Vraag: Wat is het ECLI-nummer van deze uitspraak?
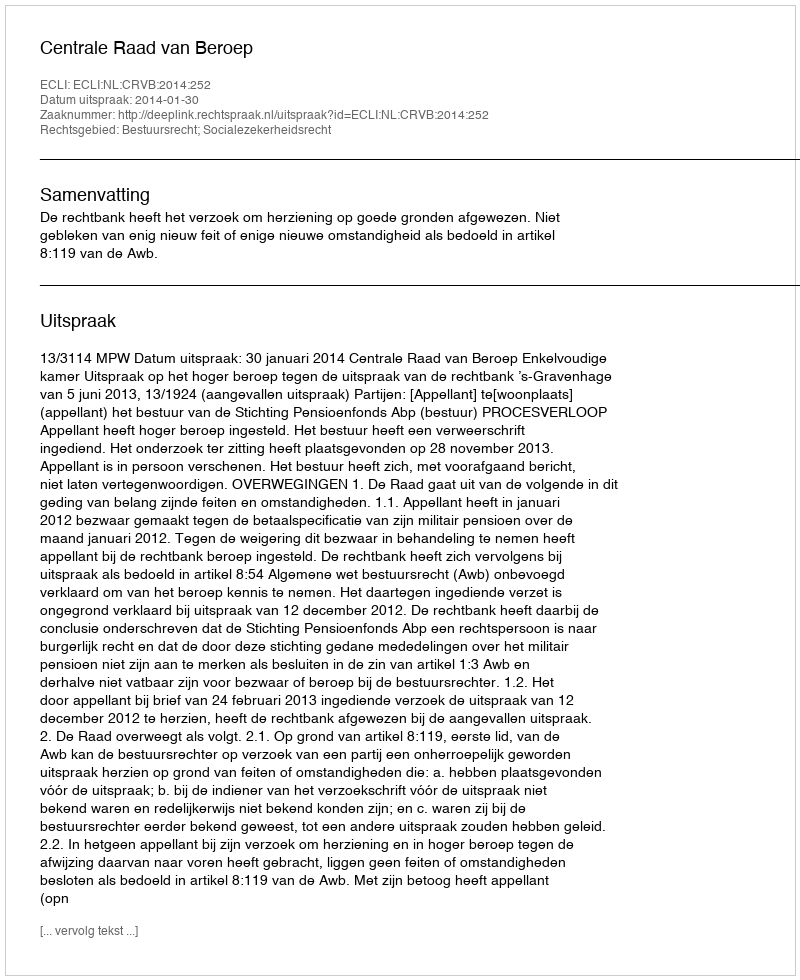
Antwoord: ECLI:NL:CRVB:2014:252